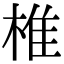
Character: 椎